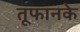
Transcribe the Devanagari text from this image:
तूफानके